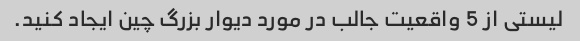
لیستی از 5 واقعیت جالب در مورد دیوار بزرگ چین ایجاد کنید.